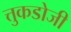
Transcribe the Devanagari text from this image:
त्तुकडोजी